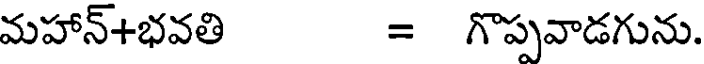
మహాన్+భవతి = గొప్పవాడగును.